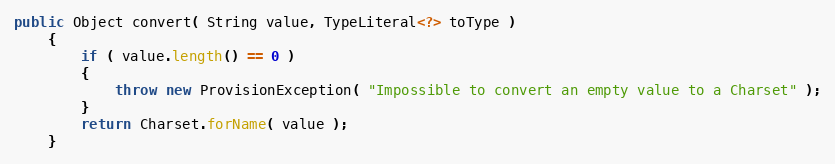
Language: Java
public Object convert( String value, TypeLiteral<?> toType )
    {
        if ( value.length() == 0 )
        {
            throw new ProvisionException( "Impossible to convert an empty value to a Charset" );
        }
        return Charset.forName( value );
    }